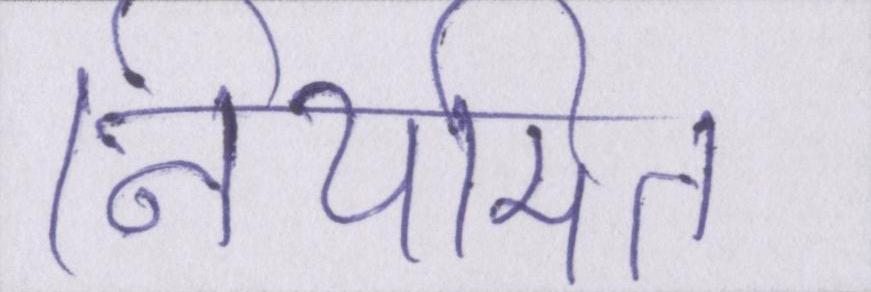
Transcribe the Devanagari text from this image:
नियमित